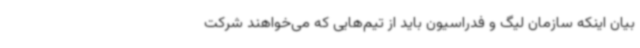
بیان اینکه سازمان لیگ و فدراسیون باید از تیم‌هایی که می‌خواهند شرکت